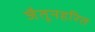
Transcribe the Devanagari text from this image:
जैतूनहरित